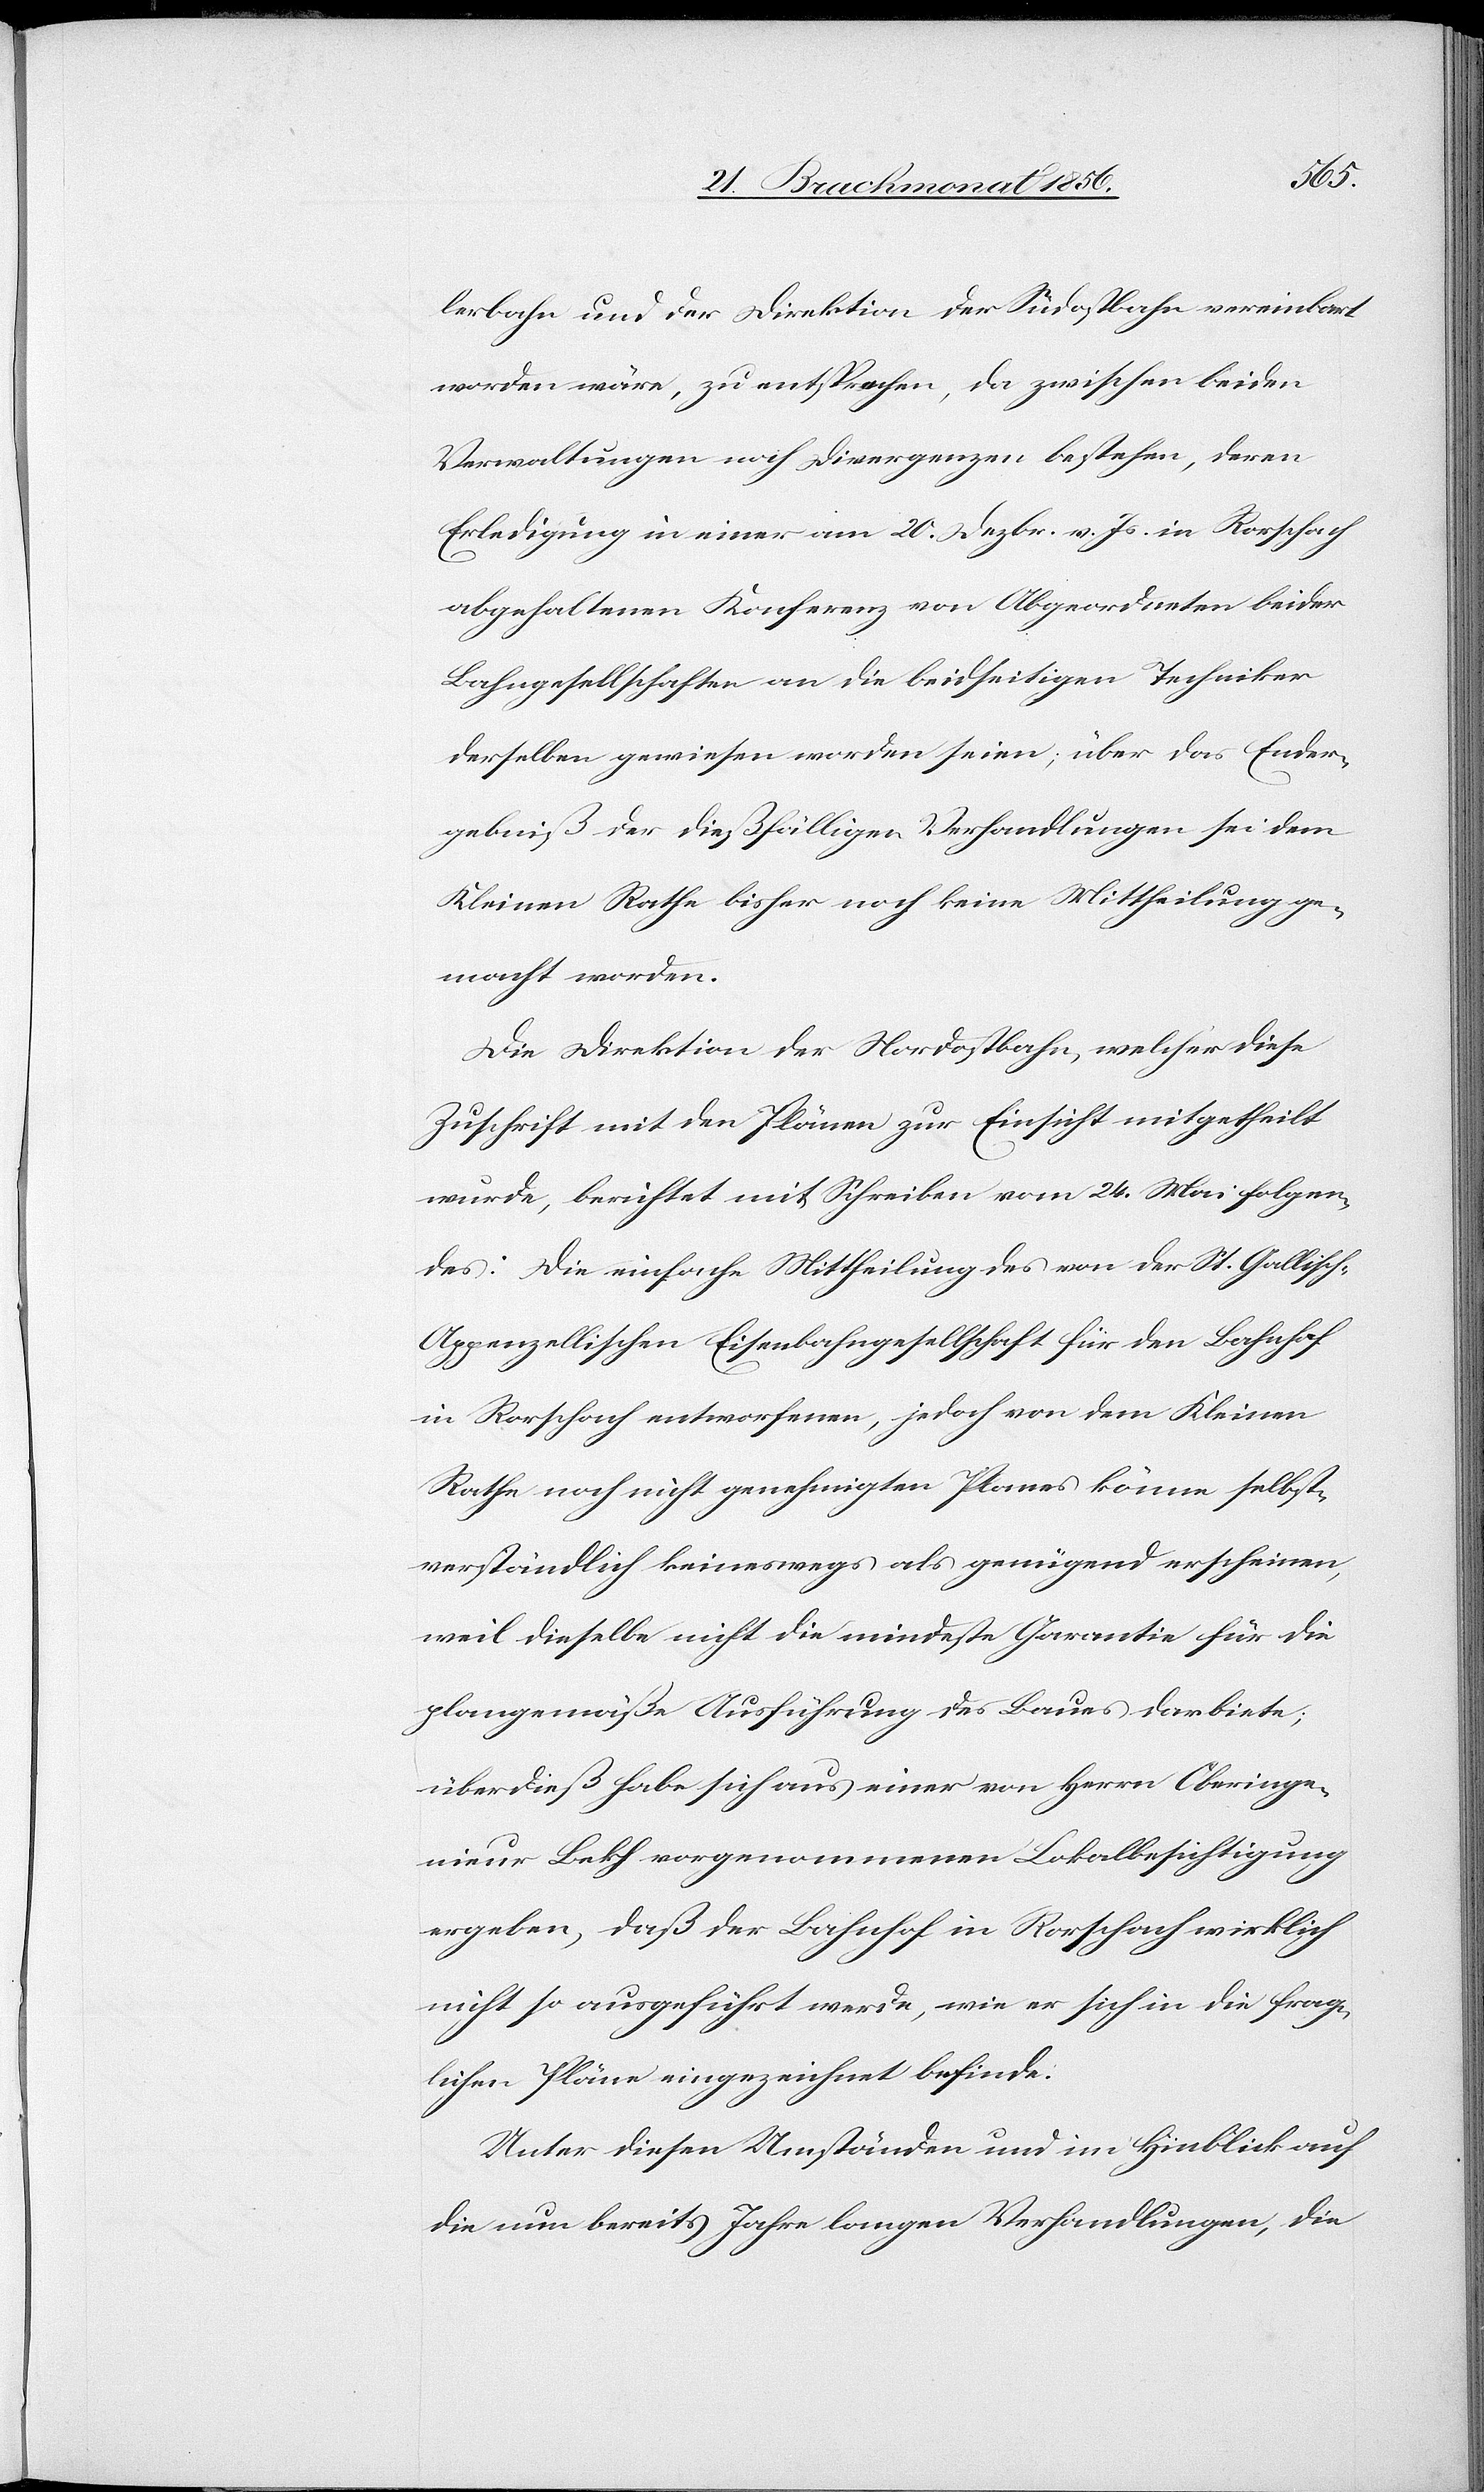
lerbahn und der Direktion der Südostbahn vereinbart
worden wäre, zu entsprechen, da zwischen beiden
Verwaltungen noch Divergenzen bestehen, deren
Erledigung in einer am 20. Dezbr. v. Js. in Rorschach
abgehaltenen Konferenz von Abgeordneten beider
Bahngesellschaften an die beidseitigen Techniker
derselben gewiesen worden seien; über das Ender¬
gebniß der dießfälligen Verhandlungen sei dem
Kleinen Rathe bisher noch keine Mittheilung ge¬
macht worden.
Die Direktion der Nordostbahn, welcher diese
Zuschrift mit den Plänen zur Einsicht mitgetheilt
wurde, berichtet mit Schreiben vom 24. Mai folgen¬
des: Die einfache Mittheilung des von der St. Gallisch-A¬
ppenzellischen Eisenbahngesellschaft für den Bahnhof
in Rorschach entworfenen, jedoch von dem Kleinen
Rathe noch nicht genehmigten Planes könne selbst¬
verständlich keineswegs als genügend erscheinen,
weil dieselbe nicht die mindeste Garantie für die
plangemäße Ausführung des Baues darbiete;
überdieß habe sich aus einer von Herrn Oberinge¬
nieur Bekh vorgenommenen Lokalbesichtigung
ergeben, daß der Bahnhof in Rorschach wirklich
nicht so ausgeführt werde, wie er sich in die frag¬
lichen Pläne eingezeichnet befinde.
Unter diesen Umständen und im Hinblick auf
die nun bereits Jahre langen Verhandlungen, die